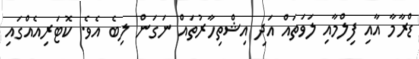
ޑްރާމާ އާއި ފިލްމާއި ލަވަތައް އަދި އިޝްތިހާރުތައް ނަގަން ލިބެ އެވެ. ކޮޓަރިއެއްގައި